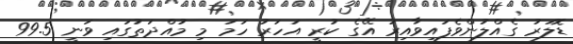
ޑޮލަރު ގެއްލުންވެފައިވާއިރު އޭގެ ކުރީ އަހަރު ހަމަ މި މުއްދަތުގައި ވަނީ 99.5